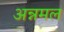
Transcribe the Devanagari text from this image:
अन्नमल